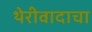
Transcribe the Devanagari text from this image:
थेरीवादाचा